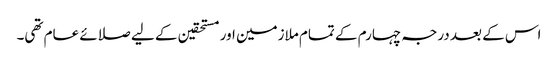
اس کے بعد درجہ چہارم کے تمام ملازمین اور مستحقین کے لیے صلائے عام تھی۔